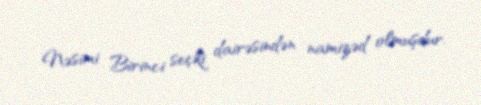
Nəsimi Birinci seçki dairəsindən namizəd olmuşdur.